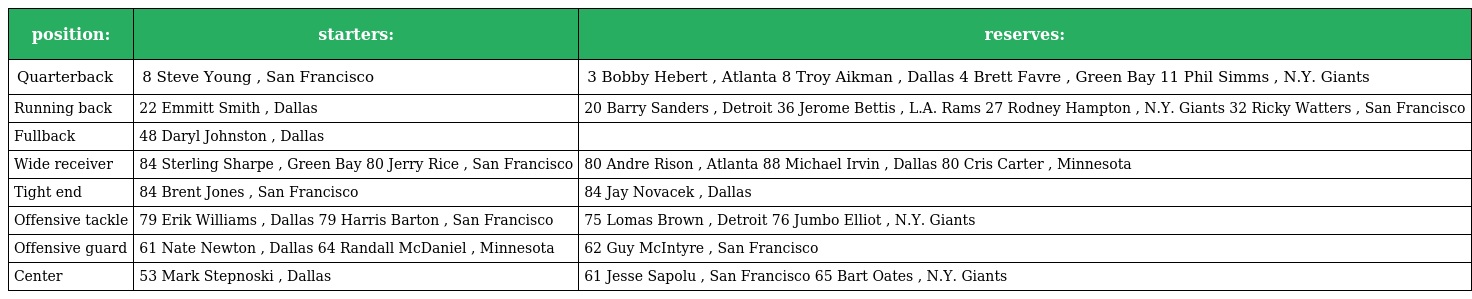
| position: | starters: | reserves: |
 | --- | --- | --- |
 | Quarterback | 8 Steve Young , San Francisco | 3 Bobby Hebert , Atlanta 8 Troy Aikman , Dallas 4 Brett Favre , Green Bay 11 Phil Simms , N.Y. Giants |
 | Running back | 22 Emmitt Smith , Dallas | 20 Barry Sanders , Detroit 36 Jerome Bettis , L.A. Rams 27 Rodney Hampton , N.Y. Giants 32 Ricky Watters , San Francisco |
 | Fullback | 48 Daryl Johnston , Dallas |  |
 | Wide receiver | 84 Sterling Sharpe , Green Bay 80 Jerry Rice , San Francisco | 80 Andre Rison , Atlanta 88 Michael Irvin , Dallas 80 Cris Carter , Minnesota |
 | Tight end | 84 Brent Jones , San Francisco | 84 Jay Novacek , Dallas |
 | Offensive tackle | 79 Erik Williams , Dallas 79 Harris Barton , San Francisco | 75 Lomas Brown , Detroit 76 Jumbo Elliot , N.Y. Giants |
 | Offensive guard | 61 Nate Newton , Dallas 64 Randall McDaniel , Minnesota | 62 Guy McIntyre , San Francisco |
 | Center | 53 Mark Stepnoski , Dallas | 61 Jesse Sapolu , San Francisco 65 Bart Oates , N.Y. Giants |